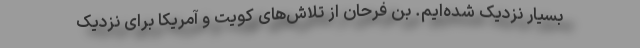
بسیار نزدیک شده‌ایم. بن فرحان از تلاش‌های کویت و آمریکا برای نزدیک